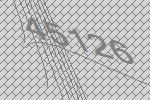
45126